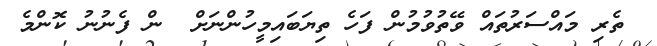
ތެރި މައްސަރުތައް ވޭތުވުމުން ފަހެ ތިޔަބައިމީހުންނަށް  ން ފެނުނު ކޮންމެ